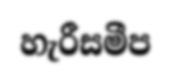
හැරීසමීප